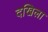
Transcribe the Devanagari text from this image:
दखिला